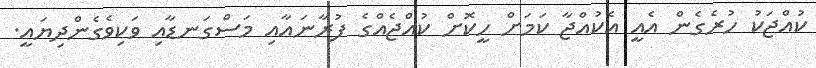
ކުއްޖަކު ހުރެގެން އެއީ އެކުއްޖާ ކަމަށް ހީކޮށް ކުއްޖެއްގެ ފުރާނައާއި މަސްގަނޑާއި ވަކިވެގެންދިޔައީ.